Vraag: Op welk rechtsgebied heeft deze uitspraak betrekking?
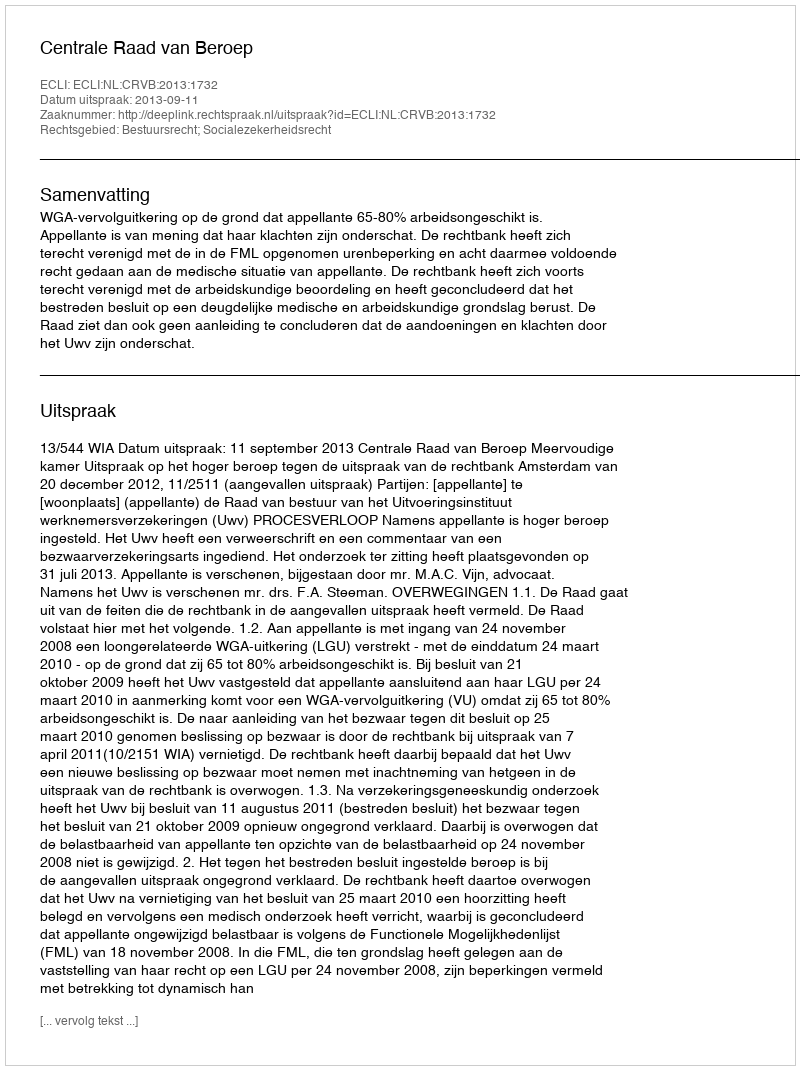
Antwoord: Bestuursrecht; Socialezekerheidsrecht